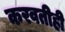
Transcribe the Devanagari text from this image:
करवतीही